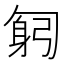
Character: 匑